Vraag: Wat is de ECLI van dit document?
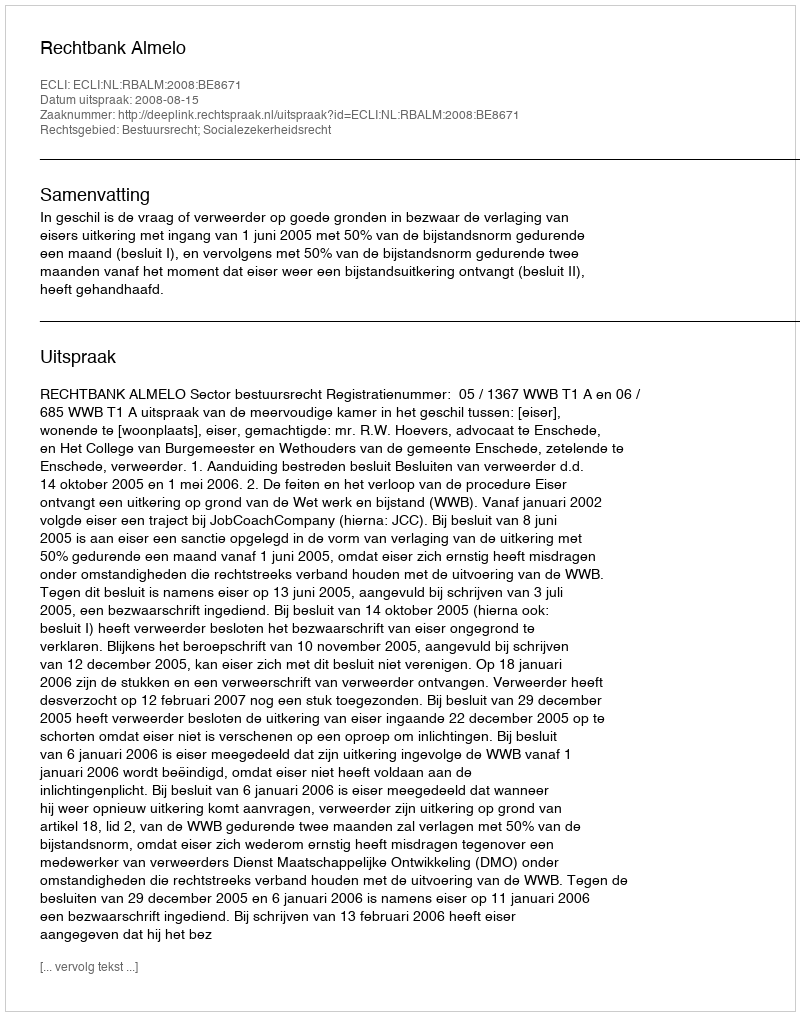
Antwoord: ECLI:NL:RBALM:2008:BE8671